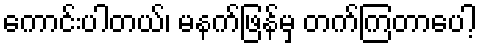
ကောင်းပါတယ်၊ မနက်ဖြန်မှ တက်ကြတာပေါ့